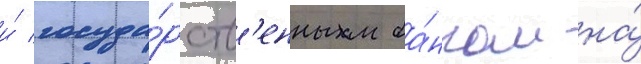
и́ госуда́рств'енным ба́нком на́